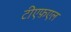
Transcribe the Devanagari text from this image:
टीएफ़एल